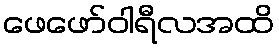
ဖေဖော်ဝါရီလအထိ